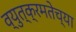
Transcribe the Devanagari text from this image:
व्युत्क्रमतेच्या